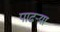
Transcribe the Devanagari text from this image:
पाढर्‍या